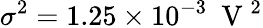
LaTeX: \sigma^{2}=1.25\times 10^{-3}~\mathrm{~V~}^{2}